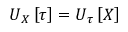
\boldsymbol { U } _ { \u { X } } \left[ \boldsymbol { \tau } \right] = \boldsymbol { U } _ { \u { \tau } } \left[ \boldsymbol { X } \right]